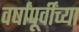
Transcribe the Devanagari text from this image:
वर्षांपूर्वींच्या